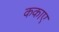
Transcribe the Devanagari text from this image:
ककाए